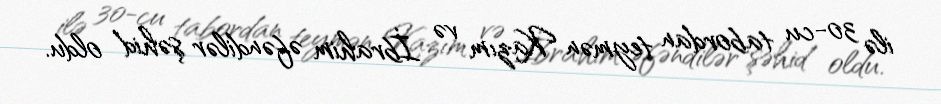
ilə 30-cu tabordan teymən Kazım və İbrahim əfəndilər şəhid oldu.